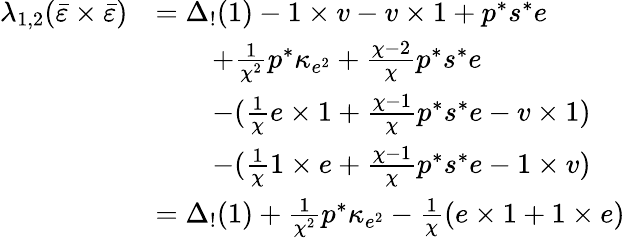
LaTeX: \begin{array}{rl}{\lambda_{1,2}(\bar{\varepsilon}\times\bar{\varepsilon})}&{=\Delta_{!}(1)-1\times v-v\times 1+p^{*}s^{*}e}\\ &{\quad\quad+\frac{1}{\chi^{2}}p^{*}\kappa_{e^{2}}+\frac{\chi-2}{\chi}p^{*}s^{*}e}\\ &{\quad\quad-(\frac{1}{\chi}e\times 1+\frac{\chi-1}{\chi}p^{*}s^{*}e-v\times 1)}\\ &{\quad\quad-(\frac{1}{\chi}1\times e+\frac{\chi-1}{\chi}p^{*}s^{*}e-1\times v)}\\ &{=\Delta_{!}(1)+\frac{1}{\chi^{2}}p^{*}\kappa_{e^{2}}-\frac{1}{\chi}(e\times 1+1\times e)}\end{array}